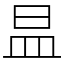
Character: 昷